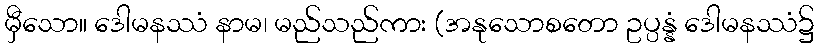
မှီသော။ ဒေါမနဿံ နာမ၊ မည်သည်ကား (အနုသောစတော ဥပ္ပန္နံ ဒေါမနဿံ၌